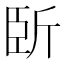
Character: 𣂜